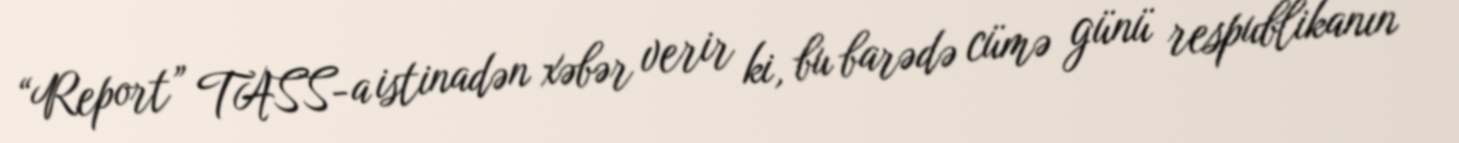
“Report” TASS-a istinadən xəbər verir ki, bu barədə cümə günü respublikanın